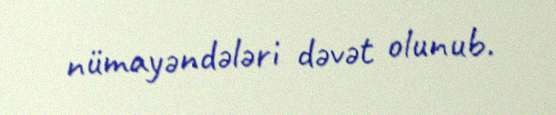
nümayəndələri dəvət olunub.